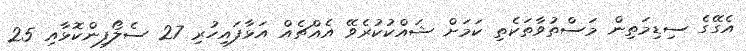
އެގޭގެ ސިޑިމަތިން މަސްތުވާތަކެތި ކަމަށް ޝައްކުކުރެވޭ އެއްޗެއް އަޅާފައިހުރި 27 ސެލޯފިންކޮޅާއި 25